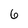
Character: 6